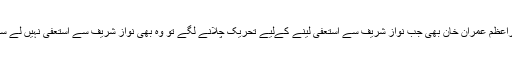
وزیراعظم عمران خان بھی جب نواز شریف سے استعفیٰ لینے کےلیے تحریک چلانے لگے تو وہ بھی نواز شریف سے استعفیٰ نہیں لے سکے۔